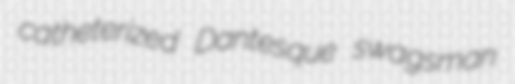
catheterized Dantesque swagsman